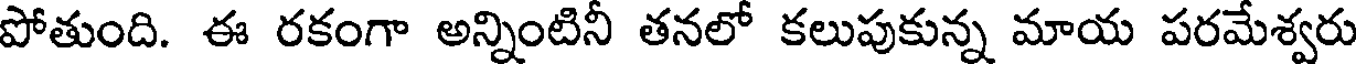
పోతుంది. ఈ రకంగా అన్నింటినీ తనలో కలుపుకున్న మాయ పరమేశ్వరు